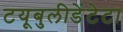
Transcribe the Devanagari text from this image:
टयूबुलीडेंटेटा